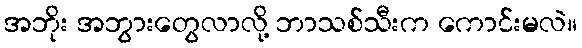
အဘိုး အဘွားတွေလာလို့ ဘာသစ်သီးက ကောင်းမလဲ။